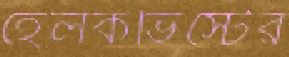
হেলকভিস্টের